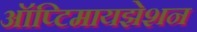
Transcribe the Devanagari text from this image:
ऑप्टिमायझेशन